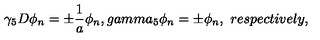
\gamma _ { 5 } D \phi _ { n } = \pm \frac { 1 } { a } \phi _ { n } , g a m m a _ { 5 } \phi _ { n } = \pm \phi _ { n } , \ r e s p e c t i v e l y ,